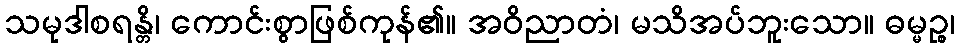
သမုဒါစရန္တိ၊ ကောင်းစွာဖြစ်ကုန်၏။ အဝိညာတံ၊ မသိအပ်ဘူးသော။ ဓမ္မဉ္စ၊